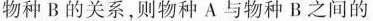
物种B的关系，则物种A与物种B之间的